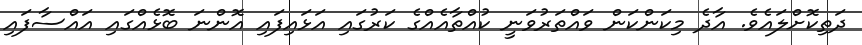
ދަތިކޮށްލައެވެ. އާދެ މިކަންކަން ވައްތަރުވަނީ ކުއްތާއެއްގެ ކަރުގައި އަޅައިފައި އޮންނަ ބޮޅެއްގައި އައްސާފައި